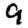
Digit: 9